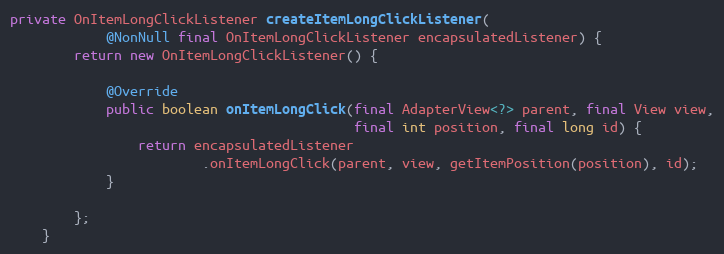
Language: Java
private OnItemLongClickListener createItemLongClickListener(
            @NonNull final OnItemLongClickListener encapsulatedListener) {
        return new OnItemLongClickListener() {

            @Override
            public boolean onItemLongClick(final AdapterView<?> parent, final View view,
                                           final int position, final long id) {
                return encapsulatedListener
                        .onItemLongClick(parent, view, getItemPosition(position), id);
            }

        };
    }